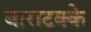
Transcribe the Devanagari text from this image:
बाराटक्के